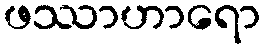
ဖဿာဟာရော